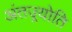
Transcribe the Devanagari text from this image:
अंतज्र्योति